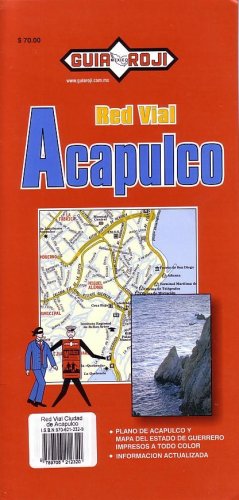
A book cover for Acapulco Map by Guia Roji (Spanish and English Edition); Guia Roji; Travel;